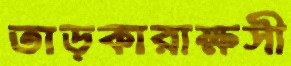
তাড়কারাক্ষসী